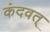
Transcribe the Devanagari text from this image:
कंदवत्‌